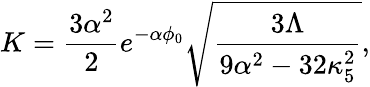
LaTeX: K={\frac{3\alpha^{2}}{2}}e^{-\alpha\phi_{0}}\sqrt{\frac{3\Lambda}{9\alpha^{2}-32\kappa_{5}^{2}}},